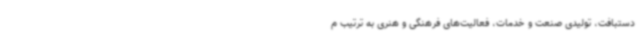
دستبافت، تولیدی صنعت و خدمات، فعالیت‌های فرهنگی و هنری به ترتیب م